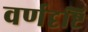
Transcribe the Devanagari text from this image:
वर्णदृष्टि